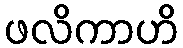
ဖလိကာဟိ